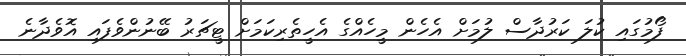
ފޯމުގައި ކުލަ ކަރުދާސް ލުމަށް އެހެން މީހެއްގެ އެހީތެރިކަމަށް ޓީޗަރު ބޭނުންވެފައި އޮވެދާނެ